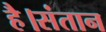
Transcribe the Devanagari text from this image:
है।संतान